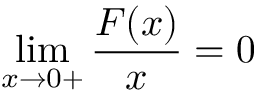
\operatorname* { l i m } _ { x \rightarrow 0 + } \frac { F ( x ) } { x } = 0